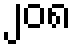
၂၀၈